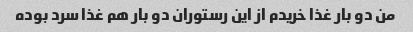
من دو بار غذا خریدم از این رستوران دو بار هم غذا سرد بوده